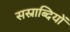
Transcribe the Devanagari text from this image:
सस्राब्दियों